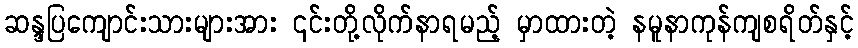
ဆန္ဒပြကျောင်းသားများအား ၎င်းတို့လိုက်နာရမည့် မှာထားတဲ့ နမူနာကုန်ကျစရိတ်နှင့်